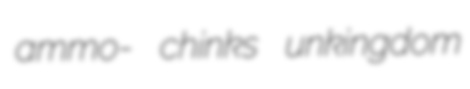
ammo- chinks unkingdom